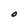
Character: O